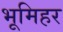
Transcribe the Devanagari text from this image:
भूमिहर